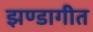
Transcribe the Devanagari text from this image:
झण्डागीत